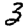
Digit: 3